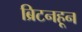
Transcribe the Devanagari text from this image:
ब्रिटनहून